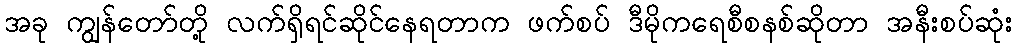
အခု ကျွန်တော်တို့ လက်ရှိရင်ဆိုင်နေရတာက ဖက်စပ် ဒီမိုကရေစီစနစ်ဆိုတာ အနီးစပ်ဆုံး